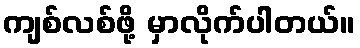
ကျစ်လစ်ဖို့ မှာလိုက်ပါတယ်။